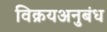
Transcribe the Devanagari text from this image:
विक्रयअनुबंध